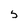
Character: 5